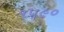
૧૫૯૦